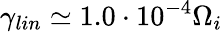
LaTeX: \gamma_{lin}\simeq 1.0\cdot 10^{-4}\Omega_{i}